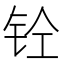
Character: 𰽪